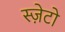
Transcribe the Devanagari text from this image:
स्ज़ेटो